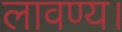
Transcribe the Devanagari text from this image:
लावण्य।